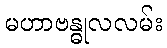
မဟာဗန္ဓုလလမ်း